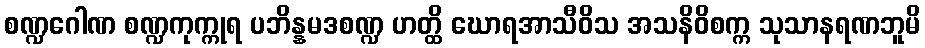
စဏ္ဍဂေါဏ စဏ္ဍကုက္ကုရ ပဘိန္နမဒစဏ္ဍ ဟတ္ထိ ဃောရအာသီဝိသ အသနိဝိစက္က သုသာနရဏဘူမိ